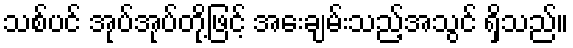
သစ်ပင် အုပ်အုပ်တို့ဖြင့် အေးချမ်းသည့်အသွင် ရှိသည်။